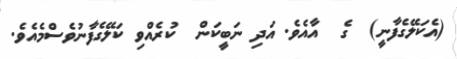
(އެކަލޭގެފާނީ)  ގެ  އާއެވެ. އަދި ނަބީކަން  ކުރެއްވި ކަލޭގެފާނުވެސްމެއެވެ.